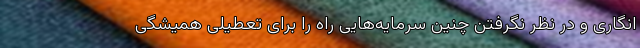
انگاری و در نظر نگرفتن چنین سرمایه‌هایی راه را برای تعطیلی همیشگی